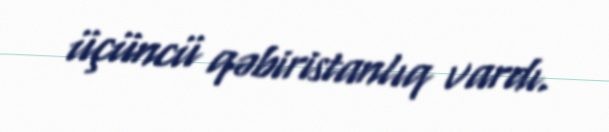
üçüncü qəbiristanlıq vardı.